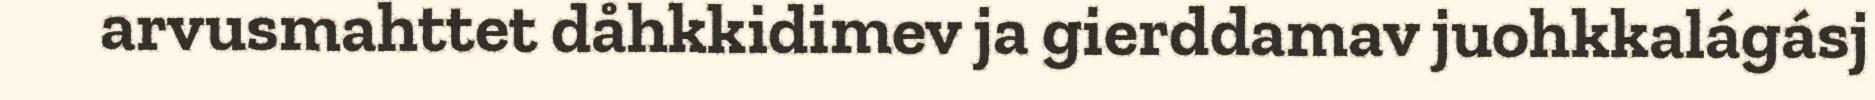
arvusmahttet dåhkkidimev ja gierddamav juohkkalágásj